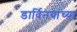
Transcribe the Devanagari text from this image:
डार्विनयांच्या